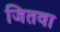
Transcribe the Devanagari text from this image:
जितवा